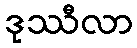
ဒုဿီလာ